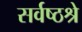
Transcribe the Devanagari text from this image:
सर्वष्ठश्रे